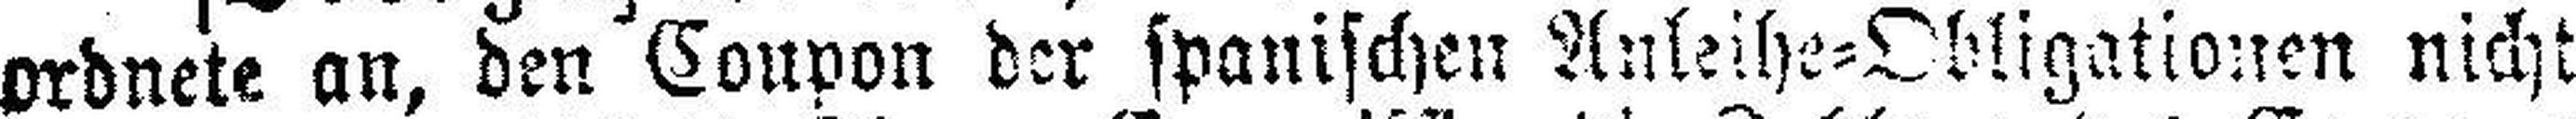
ordnete an, den Coupon der spanischen Anleihe=Obligationen nicht